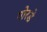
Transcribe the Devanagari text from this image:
गोरडे